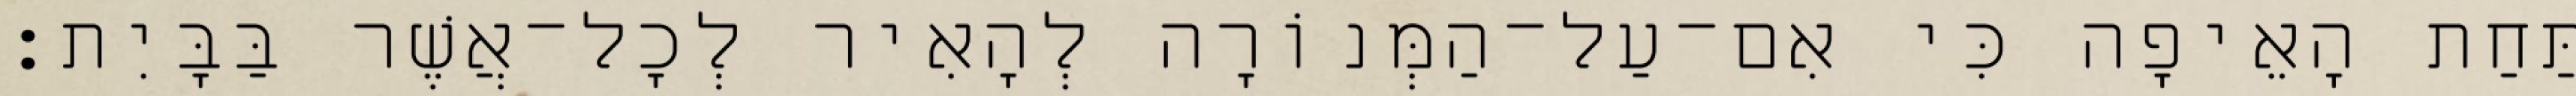
תַּחַת הָאֵיפָה כִּי אִם־עַל־הַמְּנוֹרָה לְהָאִיר לְכָל־אֲשֶׁר בַּבָּיִת׃